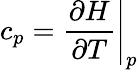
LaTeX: c_{p}=\left.\frac{\partial H}{\partial T}\right\rvert_{p}